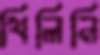
থিলিনি